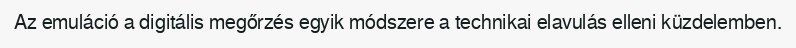
Az emuláció a digitális megőrzés egyik módszere a technikai elavulás elleni küzdelemben.